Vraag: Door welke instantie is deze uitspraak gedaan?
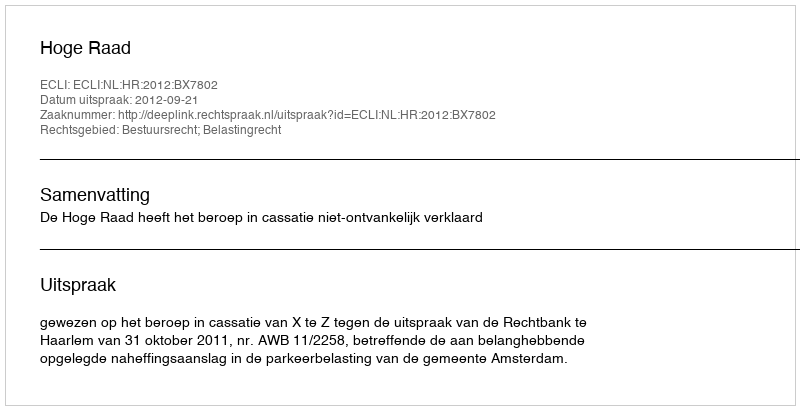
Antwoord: Hoge Raad